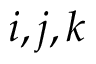
i , j , k